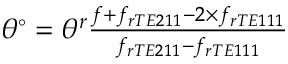
\begin{array} { r } { \theta ^ { \circ } = \theta ^ { r } \frac { f + f _ { r T E 2 1 1 } - 2 \times f _ { r T E 1 1 1 } } { f _ { r T E 2 1 1 } - f _ { r T E 1 1 1 } } } \end{array}